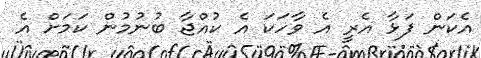
އެކަން ފަޅާ އެރީ އެ ވާހަކަ އެ ކުއްޖާ ބުނުމުން ކަމަށް އެ